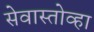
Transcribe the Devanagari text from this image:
सेवास्तोव्हा